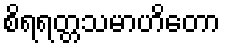
စိရရတ္တသမာဟိတော